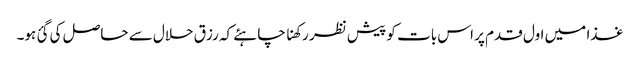
غذا میں اول قدم پر اس بات کو پیش نظر رکھنا چاہئے کہ رزق حلال سے حاصل کی گئ ہو۔